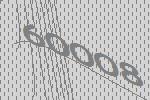
60008